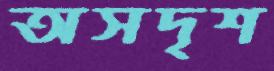
অসদৃশ